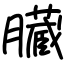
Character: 臓